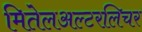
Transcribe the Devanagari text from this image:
मितेलअल्टरलिचर